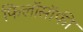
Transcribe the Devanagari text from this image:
फिलाॅसाॅफी